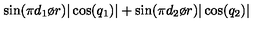
\sin ( { { \pi d _ { 1 } } \o { r } } ) | \cos ( q _ { 1 } ) | + \sin ( { { \pi d _ { 2 } } \o { r } } ) | \cos ( q _ { 2 } ) |